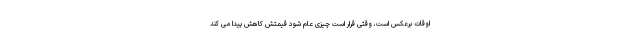
اوقات برعکس است، وقتی قرار است چیزی عام شود قیمتش کاهش پیدا می کند